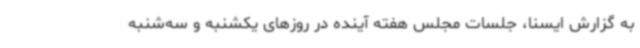
به گزارش ایسنا، جلسات مجلس هفته آینده در روزهای یکشنبه و سه‌شنبه